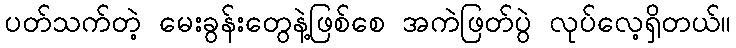
ပတ်သက်တဲ့ မေးခွန်းတွေနဲ့ဖြစ်စေ အကဲဖြတ်ပွဲ လုပ်လေ့ရှိတယ်။